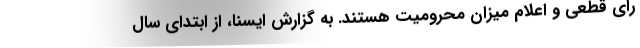
رای قطعی و اعلام میزان محرومیت هستند. به گزارش ایسنا، از ابتدای سال